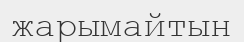
жарымайтын